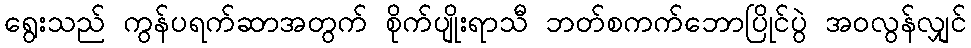
ရွေးသည် ကွန်ပရက်ဆာအတွက် စိုက်ပျိုးရာသီ ဘတ်စကက်ဘောပြိုင်ပွဲ အဝလွန်လျှင်